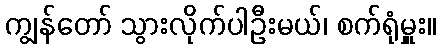
ကျွန်တော် သွားလိုက်ပါဦးမယ်၊ စက်ရုံမှူး။